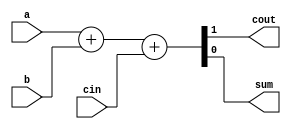
module simple(a, b, cin, cout, sum);
	input	a, b, cin;
	output	cout, sum;

	assign	{ cout, sum } = a + b + cin;
endmodule